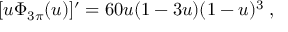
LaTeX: [ u \Phi _ { 3 \pi } ( u ) ] ^ { \prime } = 6 0 u ( 1 - 3 u ) ( 1 - u ) ^ { 3 } \; ,